Madras marine plague regulations
Disease focus: Plague
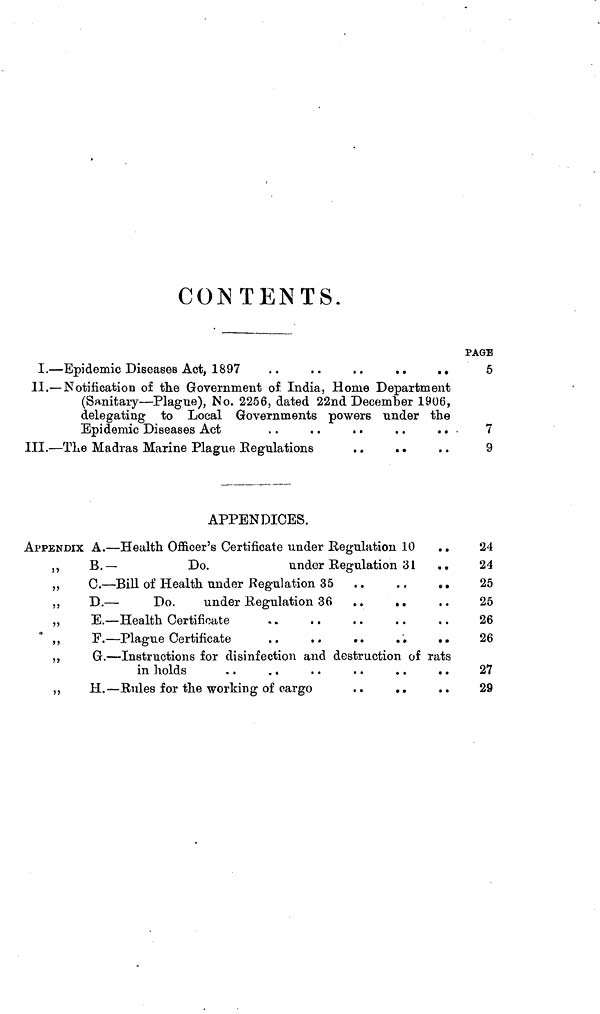
CONTENTS.
I. — Epidemic Diseases Act, 1897
..
..
..
..
..
II. — Notification of the Government of India, Home Department
(Sanitary — Plague), No. 2256, dated 22nd December 1906,
delegating to Local Governments powers under the
Epidemic Diseases Act
. .
. .
. .
. .
III. — The Madras Marine Plague Regulations
. .
. .
APPENDICES.
APPENDIX A. — Health Officer's Certificate under Regulation 10 . .
,,
B. —
Do.
under Regulation 31 ..
,,
C. — Bill of Health under Regulation 35 . .
. .
„ .
„
D. —
Do.
under Regulation 36 ..
..
,,
E. — Health Certificate
,,
F. — Plague Certificate
..
..
..
..
..
,,
G. — Instructions for disinfection and destruction of rats
in holds
. .
. ,
. .
. .
. .
. .
„
H.— Rules for the working of cargo
PAGE
5
7
9
24
24
25
25
26
26
27
29